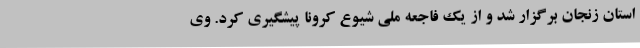
استان زنجان برگزار شد و از یک فاجعه ملی شیوع کرونا پیشگیری کرد. وی